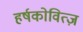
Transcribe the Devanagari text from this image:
हर्षकोवित्ज़